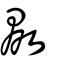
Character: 敠